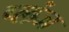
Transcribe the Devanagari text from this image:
प्लंज